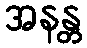
အနန္တ